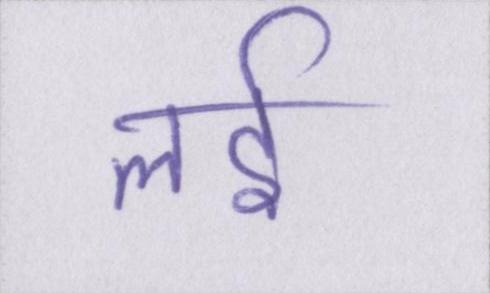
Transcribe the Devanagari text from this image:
लई